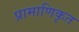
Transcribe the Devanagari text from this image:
प्रामाणिकृत